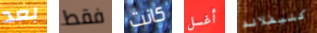
بعد فقط كانت أغسل كليفلاند